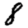
Digit: 8